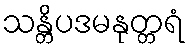
သန္တိပဒမနုတ္တရံ